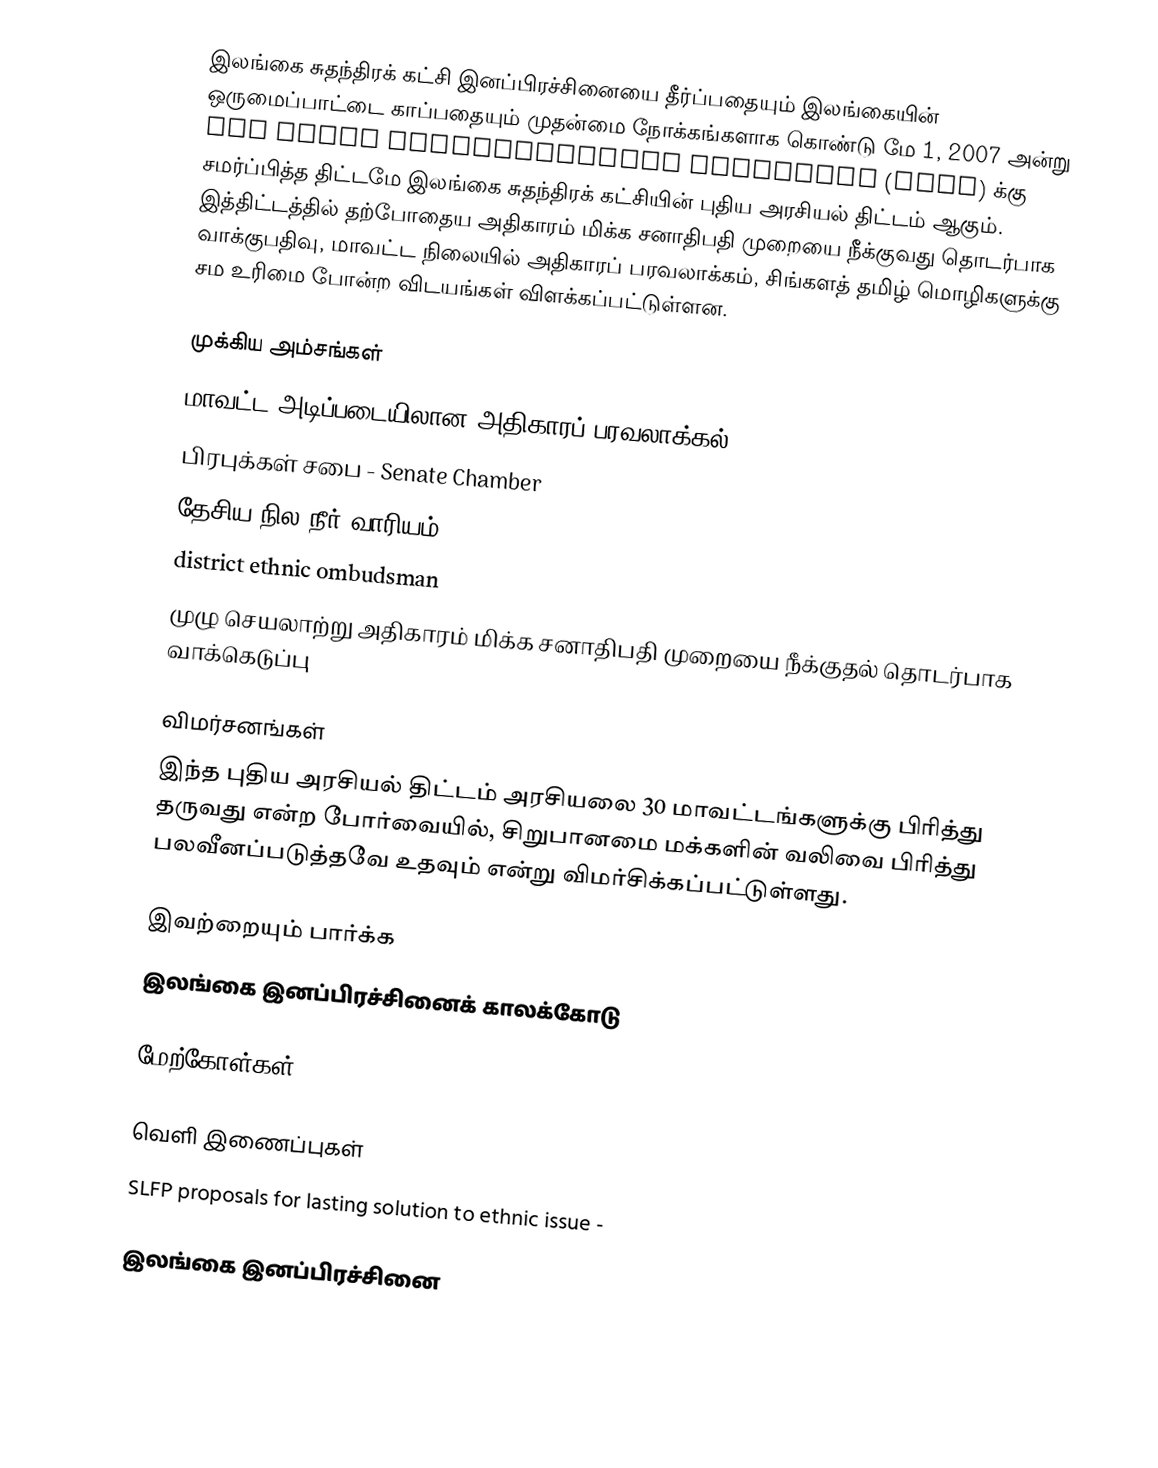
இலங்கை சுதந்திரக் கட்சி இனப்பிரச்சினையை தீர்ப்பதையும் இலங்கையின் ஒருமைப்பாட்டை காப்பதையும் முதன்மை நோக்கங்களாக கொண்டு மே 1, 2007 அன்று All Party Representative Committee (APRC) க்கு சமர்ப்பித்த திட்டமே இலங்கை சுதந்திரக் கட்சியின் புதிய அரசியல் திட்டம் ஆகும்.  இத்திட்டத்தில் தற்போதைய அதிகாரம் மிக்க சனாதிபதி முறையை நீக்குவது தொடர்பாக வாக்குபதிவு, மாவட்ட நிலையில் அதிகாரப் பரவலாக்கம், சிங்களத் தமிழ் மொழிகளுக்கு சம உரிமை போன்ற விடயங்கள் விளக்கப்பட்டுள்ளன.

முக்கிய அம்சங்கள்
 மாவட்ட அடிப்படையிலான அதிகாரப் பரவலாக்கல்
 பிரபுக்கள் சபை - Senate Chamber
 தேசிய நில நீர் வாரியம்
 district ethnic ombudsman
 முழு செயலாற்று அதிகாரம் மிக்க சனாதிபதி முறையை நீக்குதல் தொடர்பாக வாக்கெடுப்பு

விமர்சனங்கள்
இந்த புதிய அரசியல் திட்டம் அரசியலை 30 மாவட்டங்களுக்கு பிரித்து தருவது என்ற போர்வையில், சிறுபானமை மக்களின் வலிவை பிரித்து பலவீனப்படுத்தவே உதவும் என்று விமர்சிக்கப்பட்டுள்ளது.

இவற்றையும் பார்க்க
 இலங்கை இனப்பிரச்சினைக் காலக்கோடு

மேற்கோள்கள்

வெளி இணைப்புகள்
 SLFP proposals for lasting solution to ethnic issue  -

இலங்கை இனப்பிரச்சினை